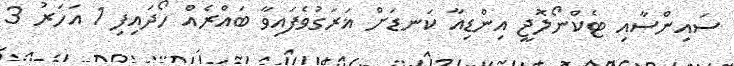
ސައިންސާއި ޓެކްނޯލޮޖީ އިންޑިއާ ކަނޑަށް ޣަރަގުވެފައިވާ ބައްރެއް ހޯދައިފި 1 އަހަރު 3